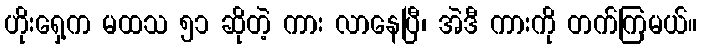
ဟိုးရှေ့က မထသ ၅၁ ဆိုတဲ့ ကား လာနေပြီ၊ အဲဒီ ကားကို တက်ကြမယ်။